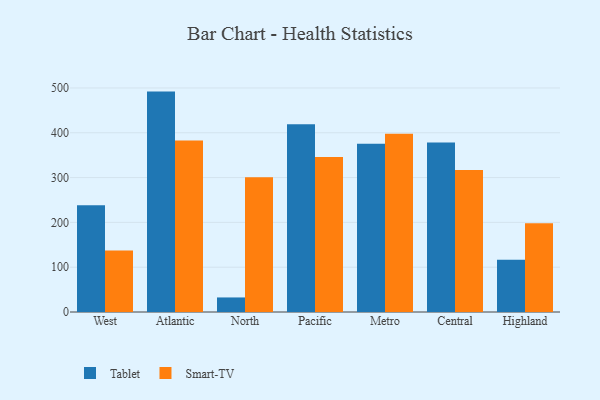
{"axis": {"x": "Region", "y": "Bounce Rate (%)"}, "legend": ["Smart-TV", "Tablet"], "data": [{"x": "West", "y": 238.4, "type": "Tablet"}, {"x": "West", "y": 137.5, "type": "Smart-TV"}, {"x": "Atlantic", "y": 491.9, "type": "Tablet"}, {"x": "Atlantic", "y": 383.0, "type": "Smart-TV"}, {"x": "North", "y": 32.5, "type": "Tablet"}, {"x": "North", "y": 301.0, "type": "Smart-TV"}, {"x": "Pacific", "y": 419.0, "type": "Tablet"}, {"x": "Pacific", "y": 345.9, "type": "Smart-TV"}, {"x": "Metro", "y": 375.6, "type": "Tablet"}, {"x": "Metro", "y": 398.1, "type": "Smart-TV"}, {"x": "Central", "y": 378.4, "type": "Tablet"}, {"x": "Central", "y": 317.1, "type": "Smart-TV"}, {"x": "Highland", "y": 116.6, "type": "Tablet"}, {"x": "Highland", "y": 198.3, "type": "Smart-TV"}]}